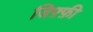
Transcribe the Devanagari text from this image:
जिफ़्फ़ी